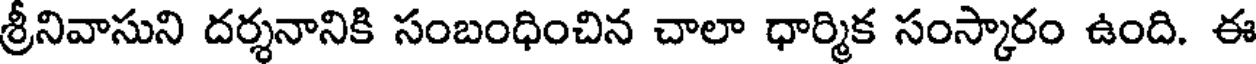
శ్రీనివాసుని దర్శనానికి సంబంధించిన చాలా ధార్మిక సంస్కారం ఉంది. ఈ